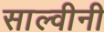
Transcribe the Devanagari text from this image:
साल्वीनी